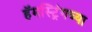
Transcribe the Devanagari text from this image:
हॅमस्ट्रिंगच्या